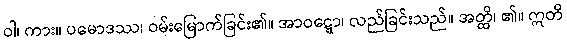
ဝါ၊ ကား။ ပမောဒဿ၊ ဝမ်းမြောက်ခြင်း၏။ အာဝဋ္ဋော၊ လည်ခြင်းသည်။ အတ္ထိ၊ ၏။ ဣတိ